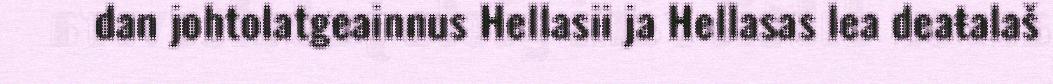
dan johtolatgeainnus Hellasii ja Hellasas lea deaŧalaš